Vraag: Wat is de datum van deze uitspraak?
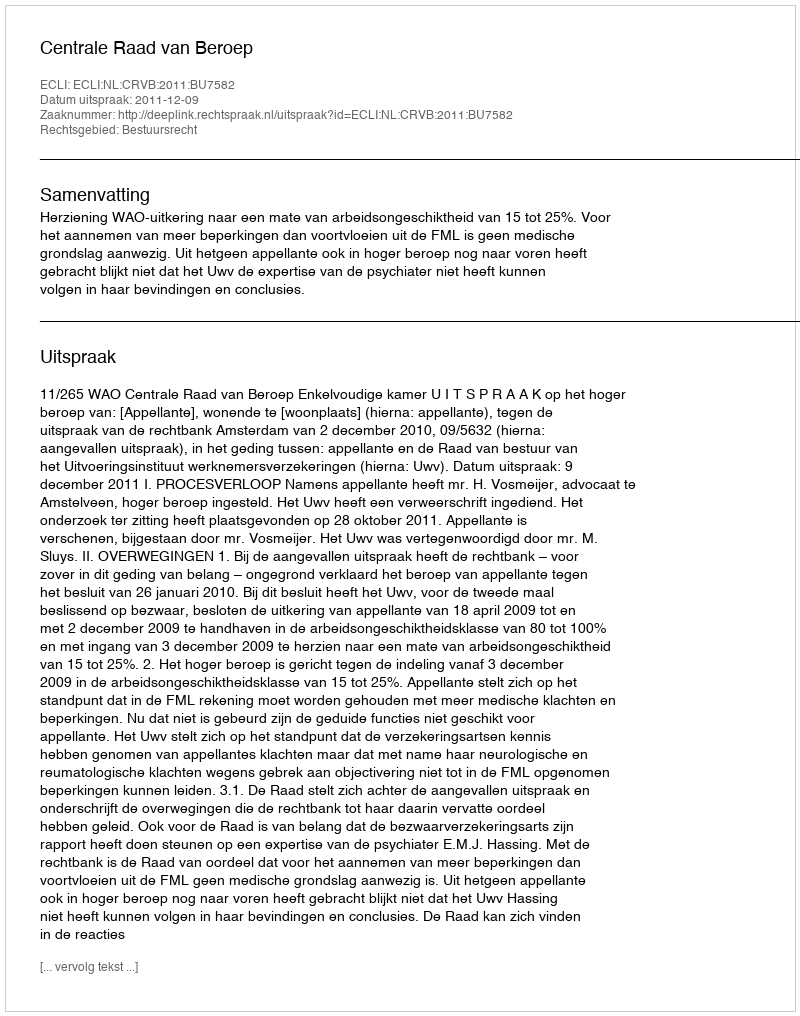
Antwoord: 2011-12-09